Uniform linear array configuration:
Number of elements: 16
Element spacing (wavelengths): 0.5
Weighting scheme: binomial
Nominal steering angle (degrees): -60
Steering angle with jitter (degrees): -59.061
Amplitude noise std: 0.05
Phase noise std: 0.05

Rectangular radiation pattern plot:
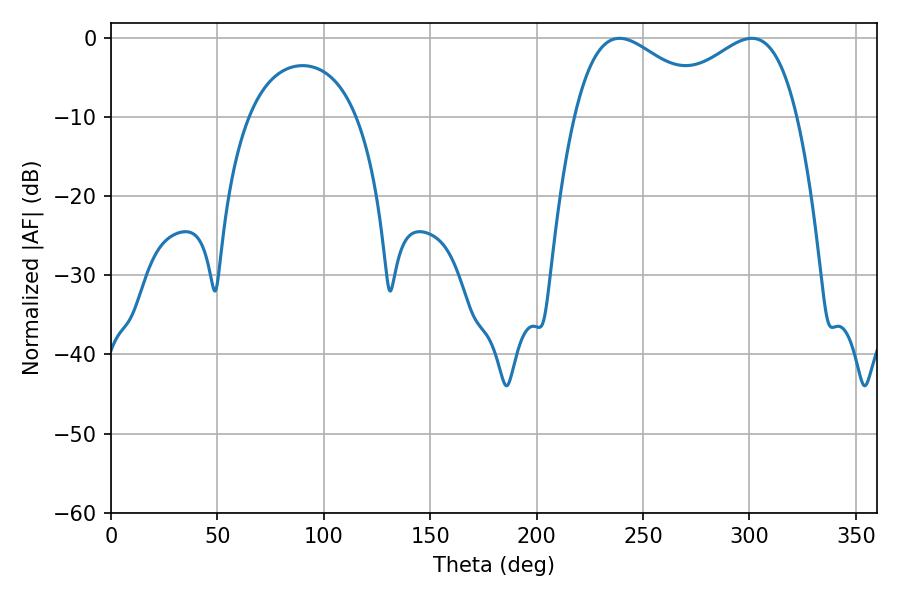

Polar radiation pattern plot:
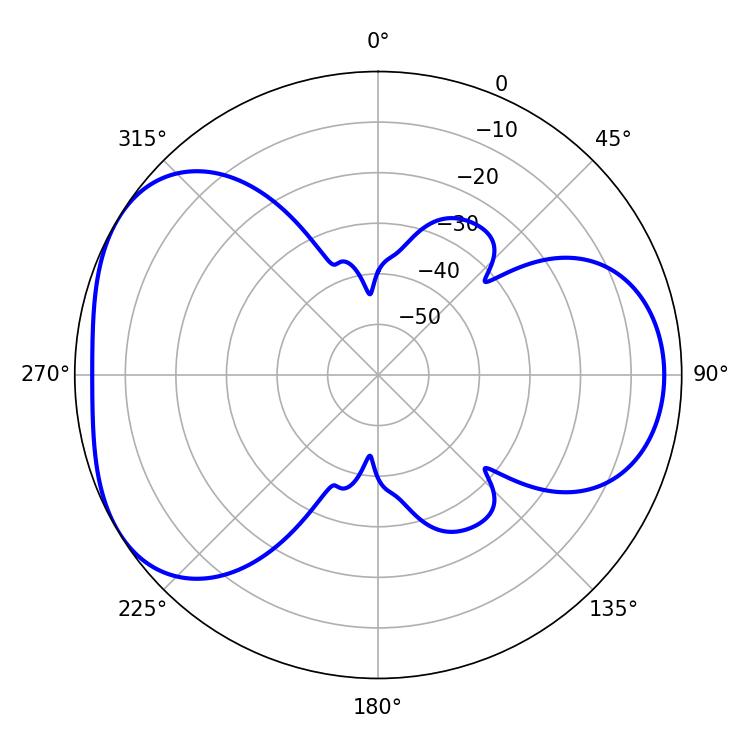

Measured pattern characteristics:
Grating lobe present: FALSE
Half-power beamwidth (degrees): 35.82
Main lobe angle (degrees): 301.14